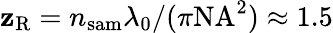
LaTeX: \mathbf{z}_{\mathrm{{R}}}=n_{\mathrm{{sam}}}\lambda_{0}/(\pi\mathrm{{NA}}^{2})\approx1.5